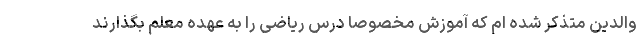
والدین متذکر شده ام که آموزش مخصوصا درس ریاضی را به عهده معلم بگذارند